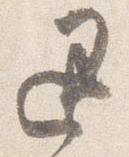
退